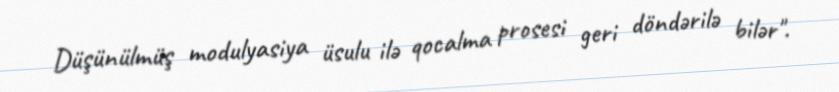
Düşünülmüş modulyasiya üsulu ilə qocalma prosesi geri döndərilə bilər".